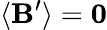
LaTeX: \langle\mathbf{B}^{\prime}\rangle=\mathbf{0}